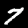
Label: 7